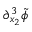
\partial _ { x _ { 2 } } ^ { 3 } \tilde { \phi }